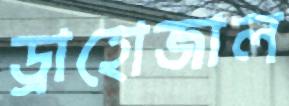
ড্রাহোজাল